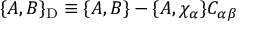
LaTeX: \{ A , B \} _ { \mathrm { D } } \equiv \{ A , B \} - \{ A , \chi _ { \alpha } \} C _ { \alpha \beta }